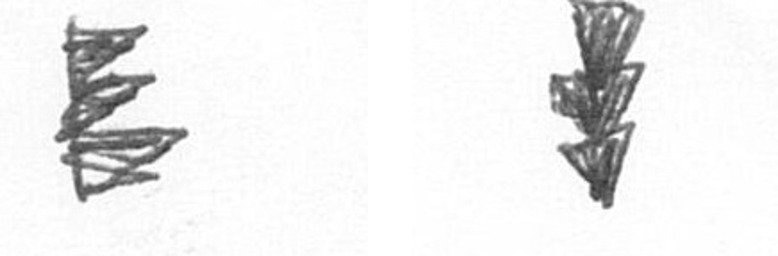
H E